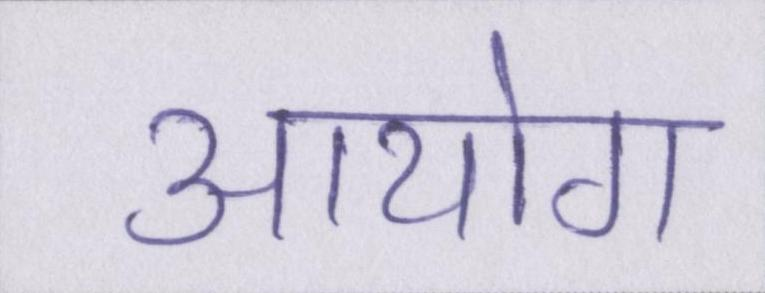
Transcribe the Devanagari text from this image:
आयोग